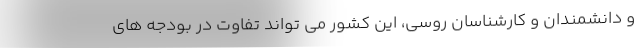
و دانشمندان و کارشناسان روسی، این کشور می تواند تفاوت در بودجه های